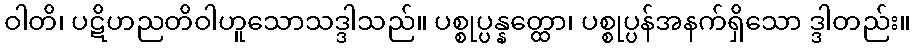
ဝါတိ၊ ပဋိဟညတိဝါဟူသောသဒ္ဒါသည်။ ပစ္စုပ္ပန္နတ္ထော၊ ပစ္စုပ္ပန်အနက်ရှိသော ဒ္ဒါတည်း။